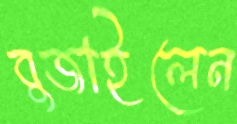
বুজাইলেন